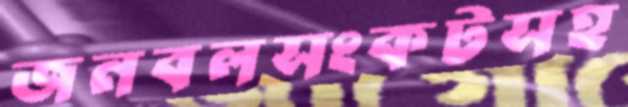
জনবলসংকটসহ